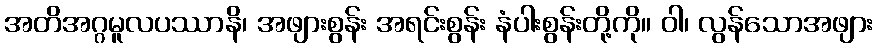
အတိအဂ္ဂမူလပဿာနိ၊ အဖျားစွန်း အရင်းစွန်း နံပါးစွန်းတို့ကို။ ဝါ၊ လွန်သောအဖျား